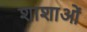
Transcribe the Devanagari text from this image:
शाशाओं